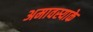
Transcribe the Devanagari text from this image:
अमावस्याके